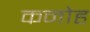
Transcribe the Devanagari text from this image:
कनोह